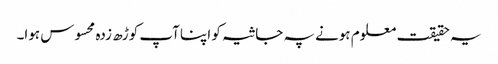
یہ حقیقت معلوم ہونے پہ جاثیہ کو اپنا آپ کوڑھ زدہ محسوس ہوا۔